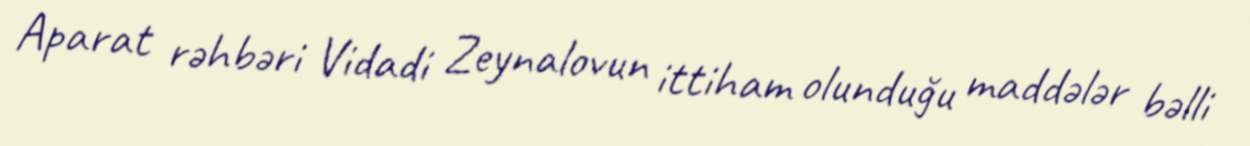
Aparat rəhbəri Vidadi Zeynalovun ittiham olunduğu maddələr bəlli